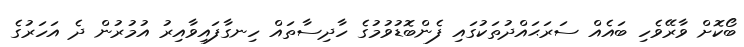
ބޯކޮށް ވާރޭވެހިި ބައެއް ސަރަޙައްދުތަކުގައި ފެންބޮޑުވުމުގެ ހާދިސާތައް ހިނގާފައިވާއިރު އުމުރުން ދެ އަހަރުގެ